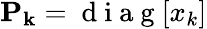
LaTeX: \mathbf{P_{k}}=\mathrm{~d~i~a~g~}[x_{k}]